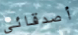
أصدقائى